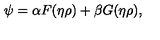
\psi = \alpha F ( \eta \rho ) + \beta G ( \eta \rho ) ,